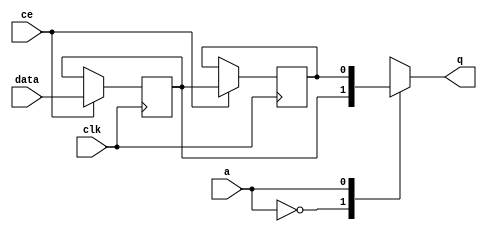
// ==============================================================
// Vitis HLS - High-Level Synthesis from C, C++ and OpenCL v2020.2 (64-bit)
// Copyright 1986-2020 Xilinx, Inc. All Rights Reserved.
// ==============================================================

`timescale 1 ns / 1 ps

module hyperloglog_top_start_for_fill_bucket_4_U0_shiftReg (
    clk,
    data,
    ce,
    a,
    q);

parameter DATA_WIDTH = 32'd1;
parameter ADDR_WIDTH = 32'd1;
parameter DEPTH = 2'd2;

input clk;
input [DATA_WIDTH-1:0] data;
input ce;
input [ADDR_WIDTH-1:0] a;
output [DATA_WIDTH-1:0] q;

reg[DATA_WIDTH-1:0] SRL_SIG [0:DEPTH-1];
integer i;

always @ (posedge clk)
    begin
        if (ce)
        begin
            for (i=0;i<DEPTH-1;i=i+1)
                SRL_SIG[i+1] <= SRL_SIG[i];
            SRL_SIG[0] <= data;
        end
    end

assign q = SRL_SIG[a];

endmodule

module hyperloglog_top_start_for_fill_bucket_4_U0 (
    clk,
    reset,
    if_empty_n,
    if_read_ce,
    if_read,
    if_dout,
    if_full_n,
    if_write_ce,
    if_write,
    if_din);

parameter MEM_STYLE   = "shiftreg";
parameter DATA_WIDTH  = 32'd1;
parameter ADDR_WIDTH  = 32'd1;
parameter DEPTH       = 2'd2;

input clk;
input reset;
output if_empty_n;
input if_read_ce;
input if_read;
output[DATA_WIDTH - 1:0] if_dout;
output if_full_n;
input if_write_ce;
input if_write;
input[DATA_WIDTH - 1:0] if_din;

wire[ADDR_WIDTH - 1:0] shiftReg_addr ;
wire[DATA_WIDTH - 1:0] shiftReg_data, shiftReg_q;
wire                     shiftReg_ce;
reg[ADDR_WIDTH:0] mOutPtr = ~{(ADDR_WIDTH+1){1'b0}};
reg internal_empty_n = 0;
reg internal_full_n = 1;

assign if_full_n = internal_full_n;
assign if_empty_n = internal_empty_n;
assign shiftReg_data = if_din;
assign if_dout = shiftReg_q;

always @ (posedge clk) begin
    if (reset == 1'b1)
    begin
        mOutPtr <= ~{ADDR_WIDTH+1{1'b0}};
        internal_empty_n <= 1'b0;
        internal_full_n <= 1'b1;
    end
    else begin
        if (((if_read & if_read_ce) == 1 & internal_empty_n == 1) && 
            ((if_write & if_write_ce) == 0 | internal_full_n == 0))
        begin
            mOutPtr <= mOutPtr - 2'd1;
            if (mOutPtr == 2'd0)
                internal_empty_n <= 1'b0;
            internal_full_n <= 1'b1;
        end 
        else if (((if_read & if_read_ce) == 0 | internal_empty_n == 0) && 
            ((if_write & if_write_ce) == 1 & internal_full_n == 1))
        begin
            mOutPtr <= mOutPtr + 2'd1;
            internal_empty_n <= 1'b1;
            if (mOutPtr == DEPTH - 2'd2)
                internal_full_n <= 1'b0;
        end 
    end
end

assign shiftReg_addr = mOutPtr[ADDR_WIDTH] == 1'b0 ? mOutPtr[ADDR_WIDTH-1:0]:{ADDR_WIDTH{1'b0}};
assign shiftReg_ce = (if_write & if_write_ce) & internal_full_n;

hyperloglog_top_start_for_fill_bucket_4_U0_shiftReg 
#(
    .DATA_WIDTH(DATA_WIDTH),
    .ADDR_WIDTH(ADDR_WIDTH),
    .DEPTH(DEPTH))
U_hyperloglog_top_start_for_fill_bucket_4_U0_ram (
    .clk(clk),
    .data(shiftReg_data),
    .ce(shiftReg_ce),
    .a(shiftReg_addr),
    .q(shiftReg_q));

endmodule